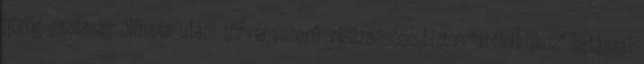
görög gazdaság olimpia utáni törvényszerű visszaesése biztos "anticiklikus" hatással